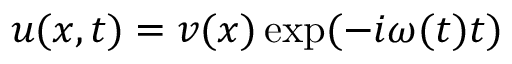
u ( x , t ) = v ( x ) \exp ( - i \omega ( t ) t )